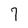
Character: 7